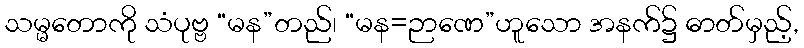
သမ္မတောကို သံပုဗ္ဗ “မန”တည်၊ “မန=ဉာဏေ”ဟူသော အနက်၌ ဓာတ်မှည့်,